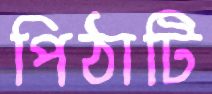
পিঠাটি